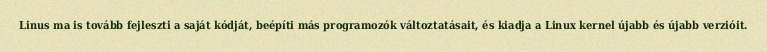
Linus ma is tovább fejleszti a saját kódját, beépíti más programozók változtatásait, és kiadja a Linux kernel újabb és újabb verzióit.